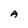
Character: A